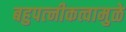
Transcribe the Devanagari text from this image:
बहुपत्‍नीकत्वामुळे